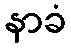
နာခံ